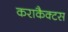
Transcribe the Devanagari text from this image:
कराकैक्टस